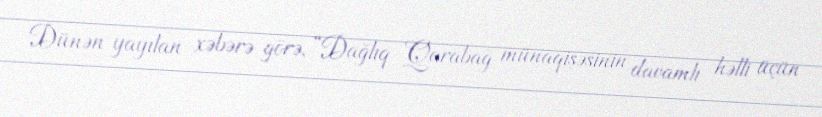
Dünən yayılan xəbərə görə, “Dağlıq Qarabağ münaqişəsinin davamlı həlli üçün